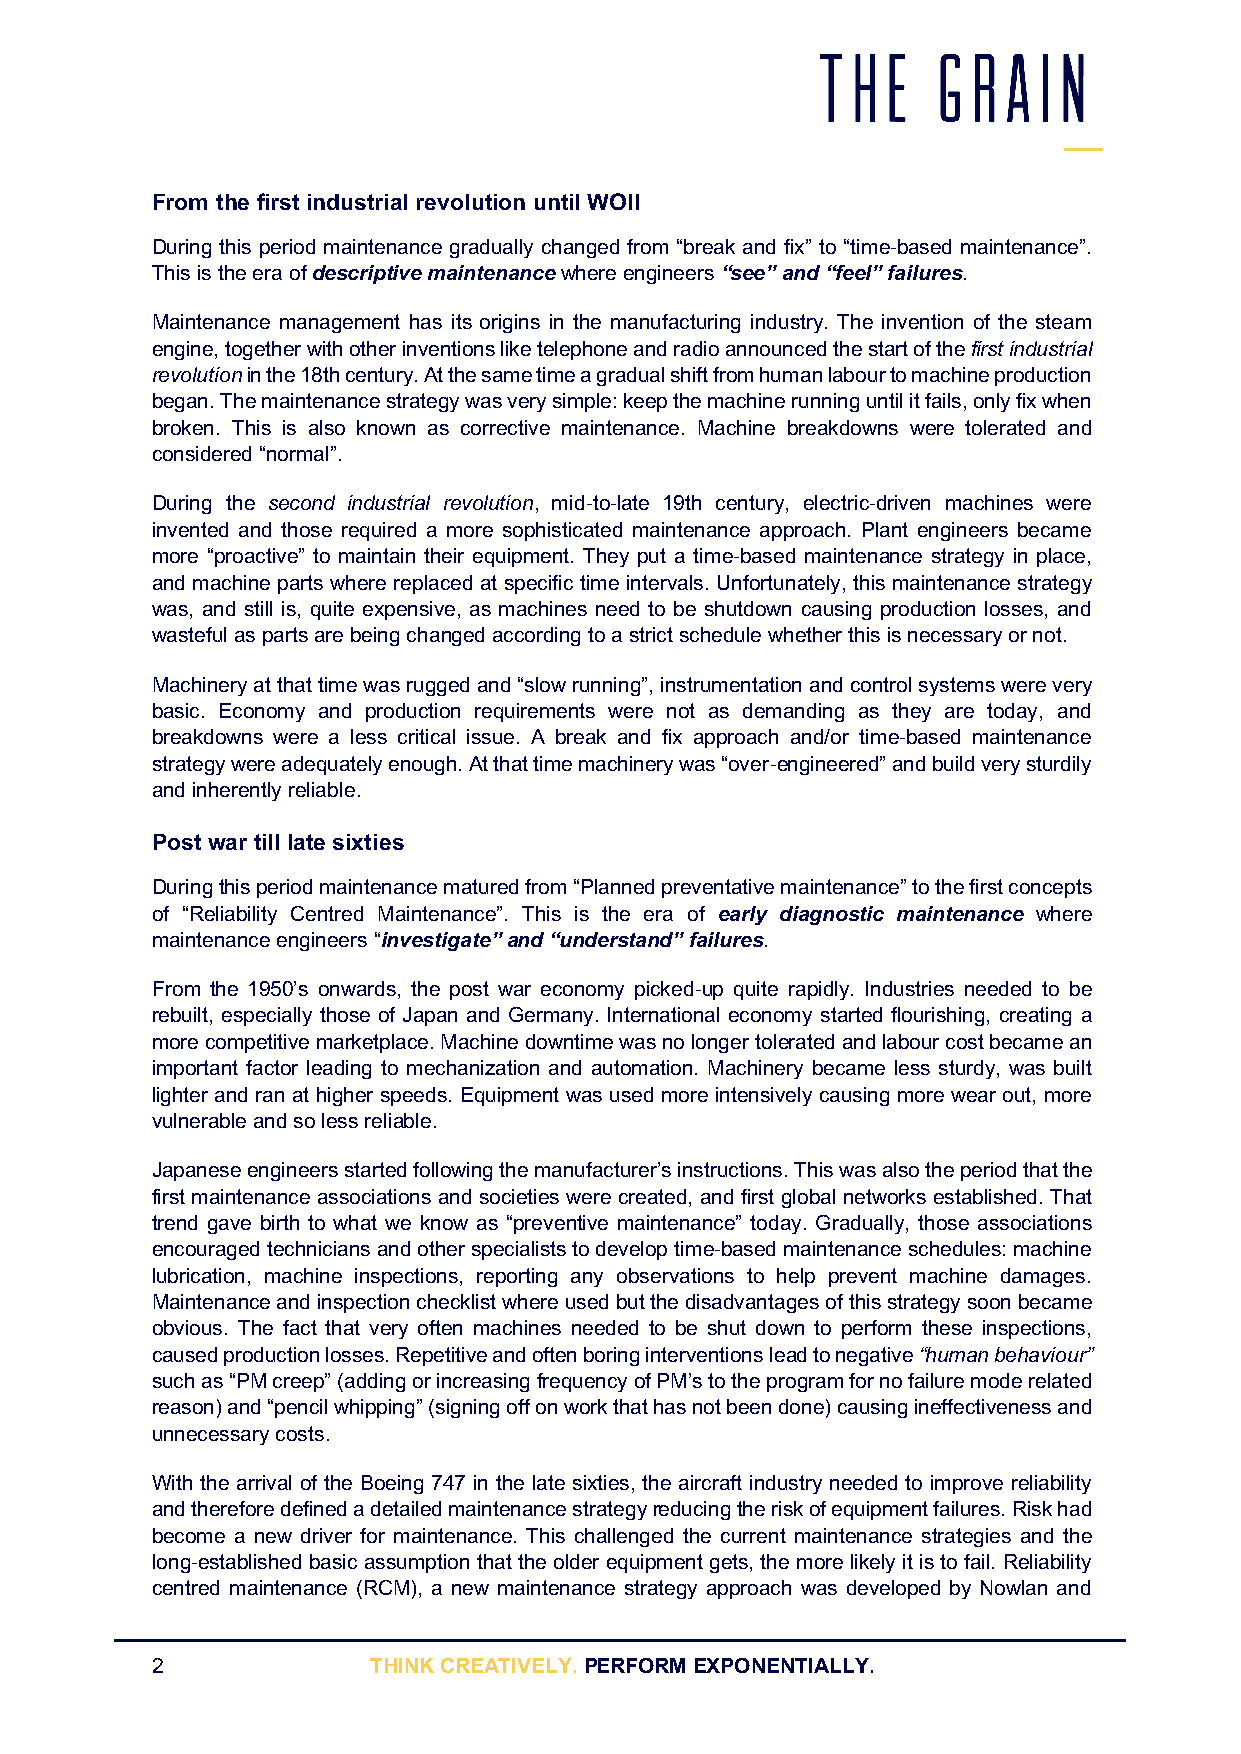
From the first industrial revolution until WOII
 During this period maintenance gradually changed from “break and fix” to “time-based maintenance”.
 This is the era of descriptive maintenance where engineers “see” and “feel” failures.
 Maintenance management has its origins in the manufacturing industry. The invention of the steam
 engine, together with other inventions like telephone and radio announced the start of the first industrial
 revolution in the 18th century. At the same time a gradual shift from human labour to machine production
 began. The maintenance strategy was very simple: keep the machine running until it fails, only fix when
 broken. This is also known as corrective maintenance. Machine breakdowns were tolerated and
 considered “normal”.
 During the second industrial revolution, mid-to-late 19th century, electric-driven machines were
 invented and those required a more sophisticated maintenance approach. Plant engineers became
 more “proactive” to maintain their equipment. They put a time-based maintenance strategy in place,
 and machine parts where replaced at specific time intervals. Unfortunately, this maintenance strategy
 was, and still is, quite expensive, as machines need to be shutdown causing production losses, and
 wasteful as parts are being changed according to a strict schedule whether this is necessary or not.
 Machinery at that time was rugged and “slow running”, instrumentation and control systems were very
 basic. Economy and production requirements were not as demanding as they are today, and
 breakdowns were a less critical issue. A break and fix approach and/or time-based maintenance
 strategy were adequately enough. At that time machinery was “over-engineered” and build very sturdily
 and inherently reliable.
 Post war till late sixties
 During this period maintenance matured from “Planned preventative maintenance” to the first concepts
 of “Reliability Centred Maintenance”. This is the era of early diagnostic maintenance where
 maintenance engineers “investigate” and “understand” failures.
 From the 1950’s onwards, the post war economy picked-up quite rapidly. Industries needed to be
 rebuilt, especially those of Japan and Germany. International economy started flourishing, creating a
 more competitive marketplace. Machine downtime was no longer tolerated and labour cost became an
 important factor leading to mechanization and automation. Machinery became less sturdy, was built
 lighter and ran at higher speeds. Equipment was used more intensively causing more wear out, more
 vulnerable and so less reliable.
 Japanese engineers started following the manufacturer’s instructions. This was also the period that the
 first maintenance associations and societies were created, and first global networks established. That
 trend gave birth to what we know as “preventive maintenance” today. Gradually, those associations
 encouraged technicians and other specialists to develop time-based maintenance schedules: machine
 lubrication, machine inspections, reporting any observations to help prevent machine damages.
 Maintenance and inspection checklist where used but the disadvantages of this strategy soon became
 obvious. The fact that very often machines needed to be shut down to perform these inspections,
 caused production losses. Repetitive and often boring interventions lead to negative “human behaviour”
 such as “PM creep” (adding or increasing frequency of PM’s to the program for no failure mode related
 reason) and “pencil whipping” (signing off on work that has not been done) causing ineffectiveness and
 unnecessary costs.
 With the arrival of the Boeing 747 in the late sixties, the aircraft industry needed to improve reliability
 and therefore defined a detailed maintenance strategy reducing the risk of equipment failures. Risk had
 become a new driver for maintenance. This challenged the current maintenance strategies and the
 long-established basic assumption that the older equipment gets, the more likely it is to fail. Reliability
 centred maintenance (RCM), a new maintenance strategy approach was developed by Nowlan and
 2             THINK CREATIVELY. PERFORM EXPONENTIALLY.